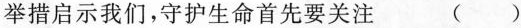
举措启示我们，守护生命首先要关注 ()